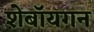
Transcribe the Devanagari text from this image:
शेबॉयगन